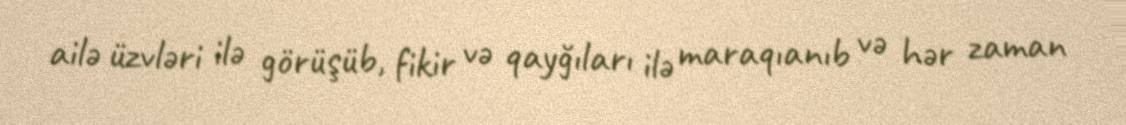
ailə üzvləri ilə görüşüb, fikir və qayğıları ilə maraqıanıb və hər zaman